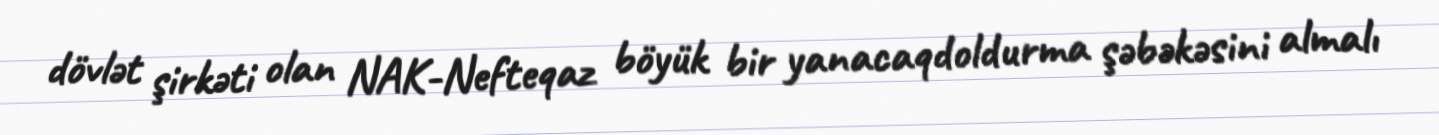
dövlət şirkəti olan NAK-Nefteqaz böyük bir yanacaqdoldurma şəbəkəsini almalı